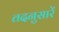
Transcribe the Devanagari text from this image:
तदनुसारें